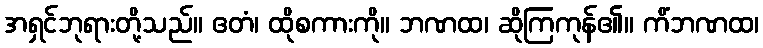
အရှင်ဘုရားတို့သည်။ ဧတံ၊ ထိုစကားကို။ ဘဏထ၊ ဆိုကြကုန်၏။ ကိံဘဏထ၊